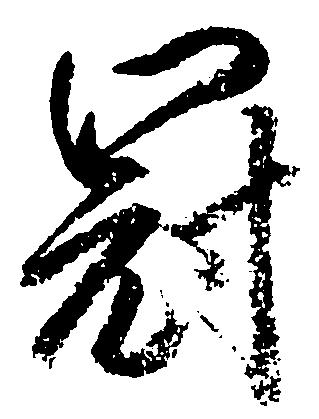
冠